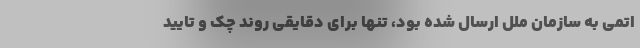
اتمی به سازمان ملل ارسال شده بود، تنها برای دقایقی روند چک و تایید